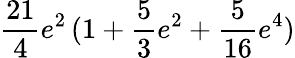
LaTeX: \frac{21}{4}e^{2}\, (1+\frac 53e^{2}+\frac{5}{16}e^{4})